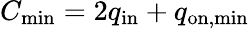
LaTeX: C_{\mathrm{min}}=2q_{\mathrm{in}}+q_{\mathrm{on,min}}